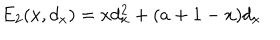
E _ { 2 } ( x , d _ { x } ) = x d _ { x } ^ { 2 } + ( a + 1 - x ) d _ { x }